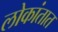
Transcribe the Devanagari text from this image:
लोकांतात